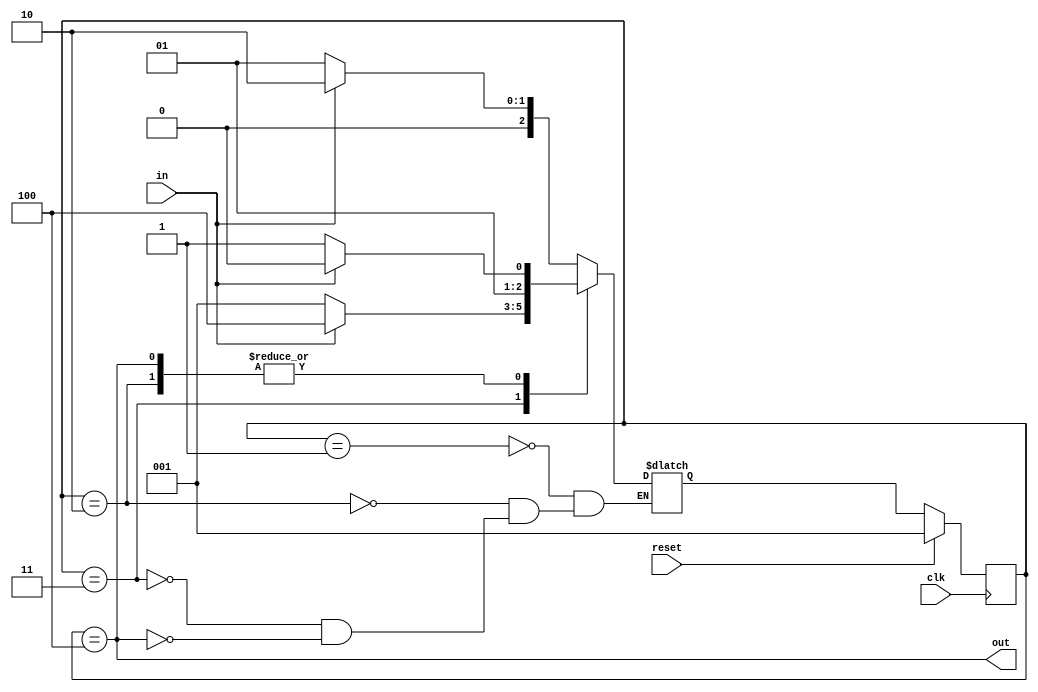
module top_module(
    input clk,
    input in,
    input reset,
    output out); //
	
    reg [2:0] state, next_state;
    parameter A = 1, B = 2, C = 3, D = 4;
    
    // State transition logic
    always @(*) begin
        case(state)
            A : next_state = (in == 1) ? B : A;
            B : next_state = (in == 1) ? B : C;
            C : next_state = (in == 1) ? D : A;
            D : next_state = (in == 1) ? B : C;
        endcase
    end

    // State flip-flops with asynchronous reset
    always @(posedge clk) begin
        if(reset) state <= A;
        else state <= next_state;
    end

    // Output logic
    assign out = (state == D);

endmodule